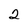
Character: 2